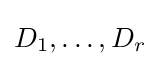
D_{1},\dots ,D_{r}